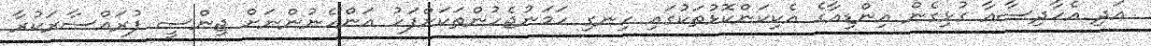
އަދި އެހާދިސާއާ ގުޅިގެން އިންޑިއާގެ އެކިކަންކޮޅުތަކުގައި ހިނގި ހަމަނުޖެހުންތަކަށްފަހު އަންހެނުންނަށް ޖިންސީ ފުރައްސާރަކުރާ